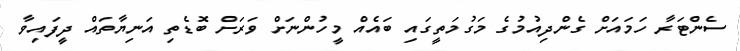
ސެންޓަރާ ހަމައަށް ގެންދިއުމުގެ މަގުމަތީގައި ބައެއް މީހުންނަށް ވަރަށް ބޮޑެތި އަނިޔާތައް ދީފައިވާ